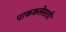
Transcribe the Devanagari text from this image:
पाककलेसाठी